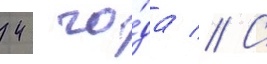
42 го́да // С